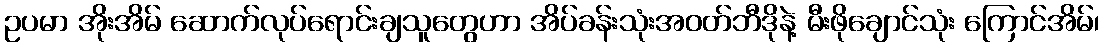
ဥပမာ အိုးအိမ် ဆောက်လုပ်ရောင်းချသူတွေဟာ အိပ်ခန်းသုံးအဝတ်ဘီဒိုနဲ့ မီးဖိုချောင်သုံး ကြောင်အိမ်၊